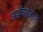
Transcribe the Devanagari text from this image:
अर्द्धचंद्रकार